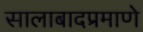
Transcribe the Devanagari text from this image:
सालाबादप्रमाणे